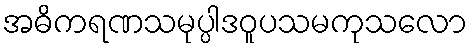
အဓိကရဏသမုပ္ပါဒဝူပသမကုသလော